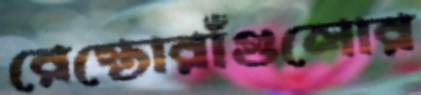
রেস্তোরাঁগুলোর